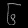
Digit: ၆